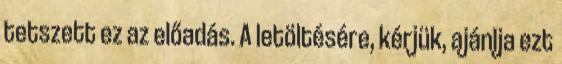
tetszett ez az előadás. A letöltésére, kérjük, ajánlja ezt